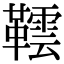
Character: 𬰨